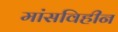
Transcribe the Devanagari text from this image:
मांसविहीन